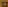
22